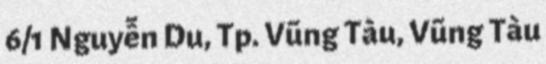
6/1 Nguyễn Du, Tp. Vũng Tàu, Vũng Tàu